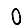
Digit: 0